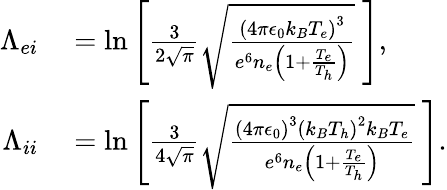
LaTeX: \begin{array}{rl}{\Lambda_{ei}}&{{}=\ln{\left[\frac{3}{2\sqrt{\pi}}\sqrt{\frac{\left(4\pi\epsilon_{0}k_{B}T_{e}\right)^{3}}{e^{6}n_{e}\left(1+\frac{T_{e}}{T_{h}}\right)}}\ \right]},}\\ {\Lambda_{ii}}&{{}=\ln{\left[\frac{3}{4\sqrt{\pi}}\sqrt{\frac{\left(4\pi\epsilon_{0}\right)^{3}\left(k_{B}T_{h}\right)^{2}k_{B}T_{e}}{e^{6}n_{e}\left(1+\frac{T_{e}}{T_{h}}\right)}}\ \right]}.}\end{array}